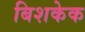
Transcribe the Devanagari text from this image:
बिशकेक